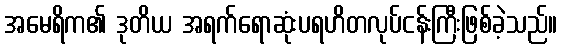
အမေရိက၏ ဒုတိယ အရက်ရောဆုံးပရဟိတလုပ်ငန်းကြီးဖြစ်ခဲ့သည်။